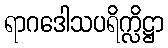
ရာဂဒေါသပရိက္လိဋ္ဌာ